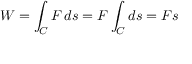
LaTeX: W = \int _ { C } F \, d s = F \int _ { C } d s = F s